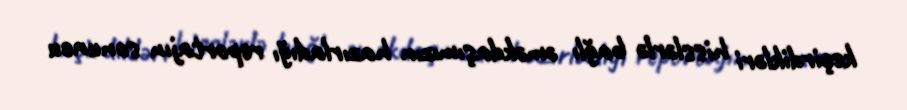
keçirdikləri hisslərlə bağlı əməkdaşımızın hazırladığı reportajın sonuncu